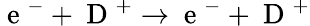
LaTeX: \mathrm{~e~}^{-}+\mathrm{~D~}^{+}\rightarrow\mathrm{~e~}^{-}+\mathrm{~D~}^{+}